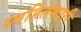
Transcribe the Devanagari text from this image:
स्वहितकारी